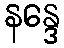
နန္ဒေ